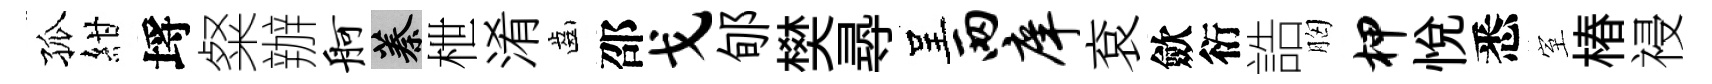
孤紺埓粲辦舸蓁枻淆齒邵戈郇樊𡬶呈两庠袞歛衍誥胸柙悦悉室椿祲